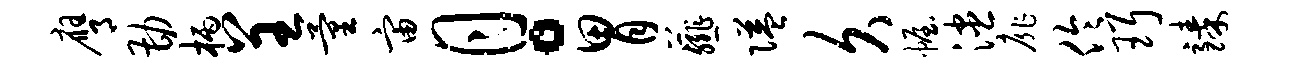
膺勘柄呈量宙月。胃薤隘久幄漶扉伶珥臻